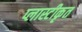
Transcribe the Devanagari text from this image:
प्लास्टीकृत